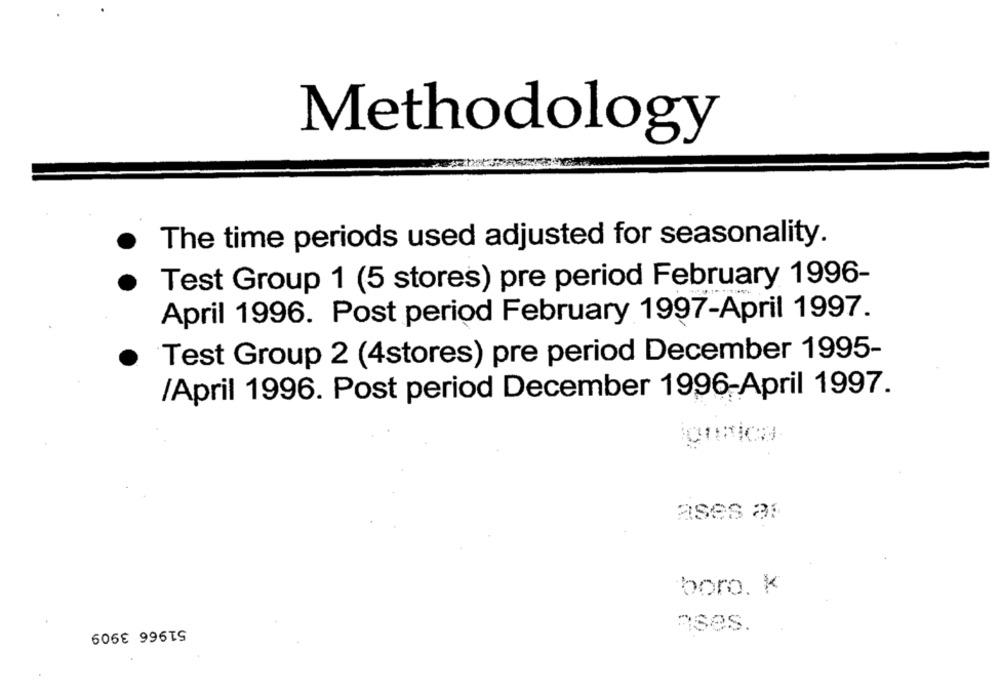
Methodology
The time periods used adjusted for seasonality.
Test Group 1 (5 stores) pre period February 1996-
April 1996. Post period February 1997-April 1997.
Test Group 2 (4stores) pre period December 1995-
/April 1996. Post period December 1996-April 1997.
ases ar
boro. K
51966 3909
nses.